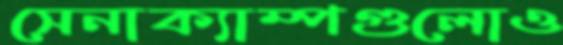
সেনাক্যাম্পগুলোও